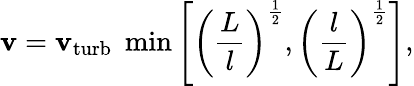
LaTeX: \mathbf{v}=\mathbf{v}_{\mathrm{{turb}}}\; \min\left[\left({\frac{{L}}{{l}}}\right)^{\frac{{1}}{{2}}},\left({\frac{{l}}{{L}}}\right)^{\frac{{1}}{{2}}}\right],